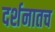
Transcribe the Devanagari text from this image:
दर्शनातच